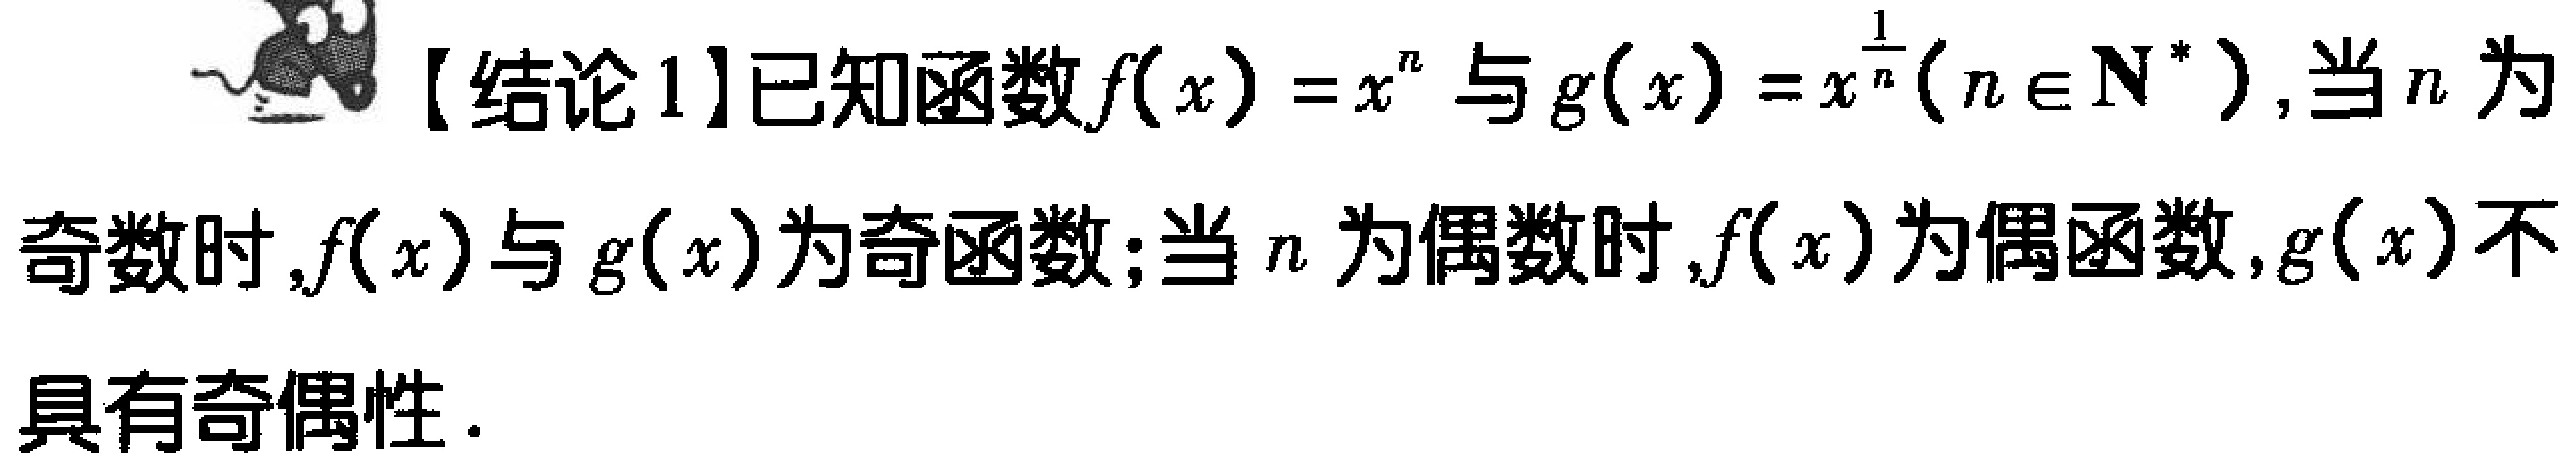
【结论1】已知函数\(f(x)=x^{n}\)与\(g(x)=x^{\frac{1}{n}}(n\in\mathbf{N}^{*})\)，当\(n\)为奇数时，\(f(x)\)与\(g(x)\)为奇函数；当\(n\)为偶数时，\(f(x)\)为偶函数，\(g(x)\)不具有奇偶性。